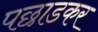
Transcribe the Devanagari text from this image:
पछाडकर